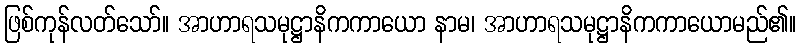
ဖြစ်ကုန်လတ်သော်။ အာဟာရသမုဋ္ဌာနိကကာယော နာမ၊ အာဟာရသမုဋ္ဌာနိကကာယောမည်၏။